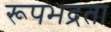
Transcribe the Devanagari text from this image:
रूपभद्रता